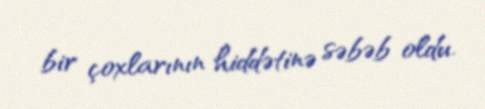
bir çoxlarının hiddətinə səbəb oldu.